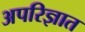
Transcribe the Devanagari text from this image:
अपरिज्ञात